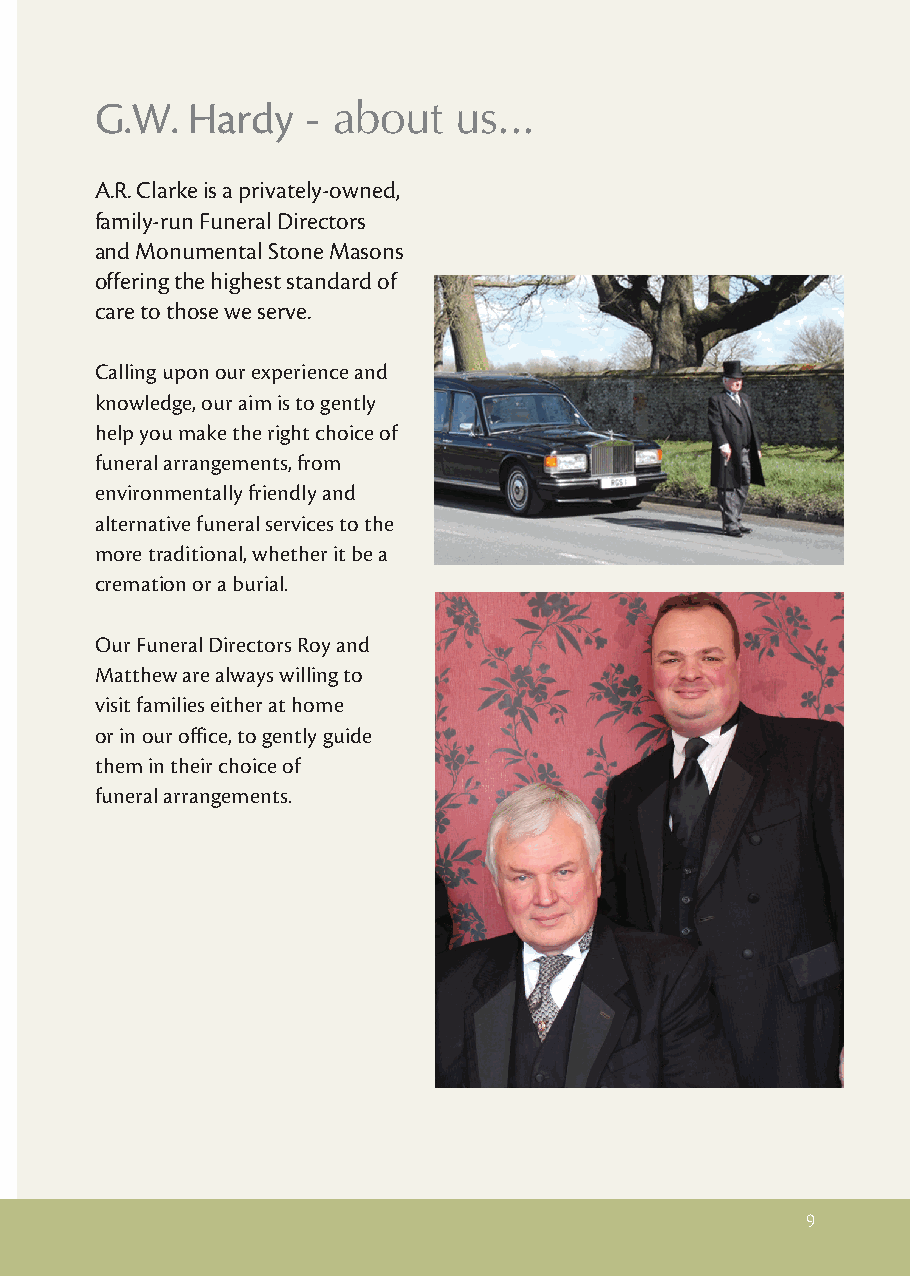
G.W.  Hardy   - about   us...
 A.R. Clarke is a privately-owned,
 family-run Funeral Directors
 and Monumental Stone Masons
 offering the highest standard of
 care to those we serve.
 Calling upon our experience and
 knowledge, our aim is to gently
 help you make the right choice of
 funeral arrangements, from
 environmentally friendly and
 alternative funeral services to the
 more traditional, whether it be a
 cremation or a burial.
 Our Funeral Directors Roy and
 Matthew are always willing to
 visit families either at home
 or in our office, to gently guide
 them in their choice of
 funeral arrangements.
 9